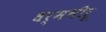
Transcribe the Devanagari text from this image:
धर्मभीरू